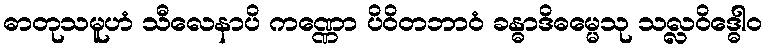
ဓာတုသမူဟံ သီလေနာပိ ကဏ္ဏော ပိဝိတဘာဝံ ခန္ဓာဒိဓမ္မေသု သလ္လဝိဒ္ဓေါဝ